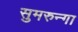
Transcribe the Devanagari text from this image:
सुमरुन्गा